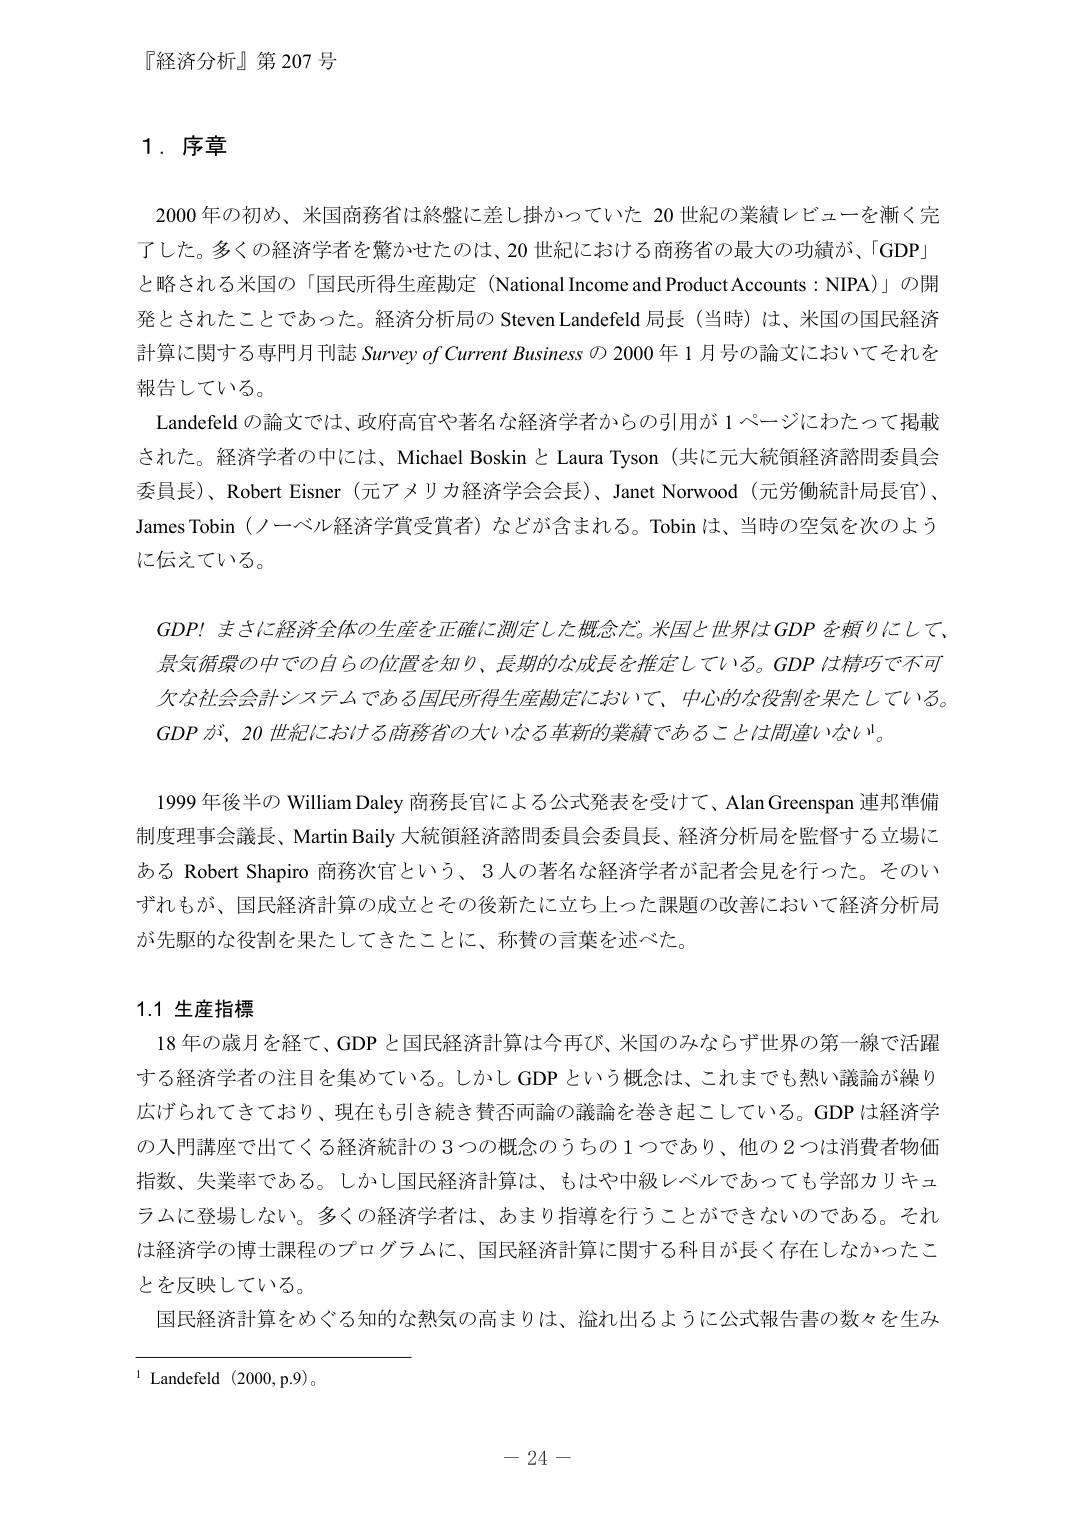
『経済分析』第 207 号

1．序章

2000 年の初め、米国商務省は終盤に差し掛かっていた 20 世紀の業績レビューを漸く完了した。多くの経済学者を驚かせたのは、20 世紀における商務省の最大の功績が、「GDP」と略される米国の「国民所得生産勘定（National Income and Product Accounts：NIPA）」の開発とされたことであった。経済分析局の Steven Landefeld 局長（当時）は、米国の国民経済計算に関する専門月刊誌 Survey of Current Business の 2000 年 1 月号の論文においてそれを報告している。

Landefeld の論文では、政府高官や著名な経済学者からの引用が 1 ページにわたって掲載された。経済学者の中には、Michael Boskin と Laura Tyson（共に元大統領経済諮問委員会委員長）、Robert Eisner（元アメリカ経済学会会長）、Janet Norwood（元労働統計局長官）、James Tobin（ノーベル経済学賞受賞者）などが含まれる。Tobin は、当時の空気を次のように伝えている。

GDP！まさに経済全体の生産を正確に測定した概念だ。米国と世界は GDP を頼りにして、景気循環の中での自らの位置を知り、長期的な成長を推定している。GDP は精巧で不可欠な社会会計システムである国民所得生産勘定において、中心的な役割を果たしている。GDP が、20 世紀における商務省の大きな革新的業績であることは間違いない。

1999 年後半の William Daley 商務長官による公式発表を受けて、Alan Greenspan 連邦準備制度理事会議長、Martin Baily 大統領経済諮問委員会委員長、経済分析局を監督する立場にある Robert Shapiro 商務次官という、3 人の著名な経済学者が記者会見を行った。そのいずれもが、国民経済計算の成立とその後新たに立ち上った課題の改善において経済分析局が先駆的な役割を果たしてきたことに、称賛の言葉を述べた。

1.1 生産指標

18 年の歳月を経て、GDP と国民経済計算は今再び、米国のみならず世界の第一線で活躍する経済学者の注目を集めている。しかし GDP という概念は、これまでも熱い議論が繰り広げられてきており、現在も引き続き賛否両論の議論を巻き起こしている。GDP は経済学の入門講座で出てくる経済統計の 3 つの概念のうちの 1 つであり、他の 2 つは消費者物価指数、失業率である。しかし国民経済計算は、もはや中級レベルであっても学部カリキュラムに登場しない。多くの経済学者は、あまり指導を行うことができないのである。それは経済学の博士課程のプログラムに、国民経済計算に関する科目が長く存在しなかったことを反映している。

国民経済計算をめぐる知的な熱気の高まりは、溢れ出るように公式報告書の数々を生み

¹ Landefeld（2000, p.9）。

－ 24 －